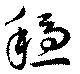
穏